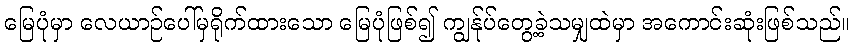
မြေပုံမှာ လေယာဉ်ပေါ်မှရိုက်ထားသော မြေပုံဖြစ်၍ ကျွန်ုပ်တွေ့ခဲ့သမျှထဲမှာ အကောင်းဆုံးဖြစ်သည်။